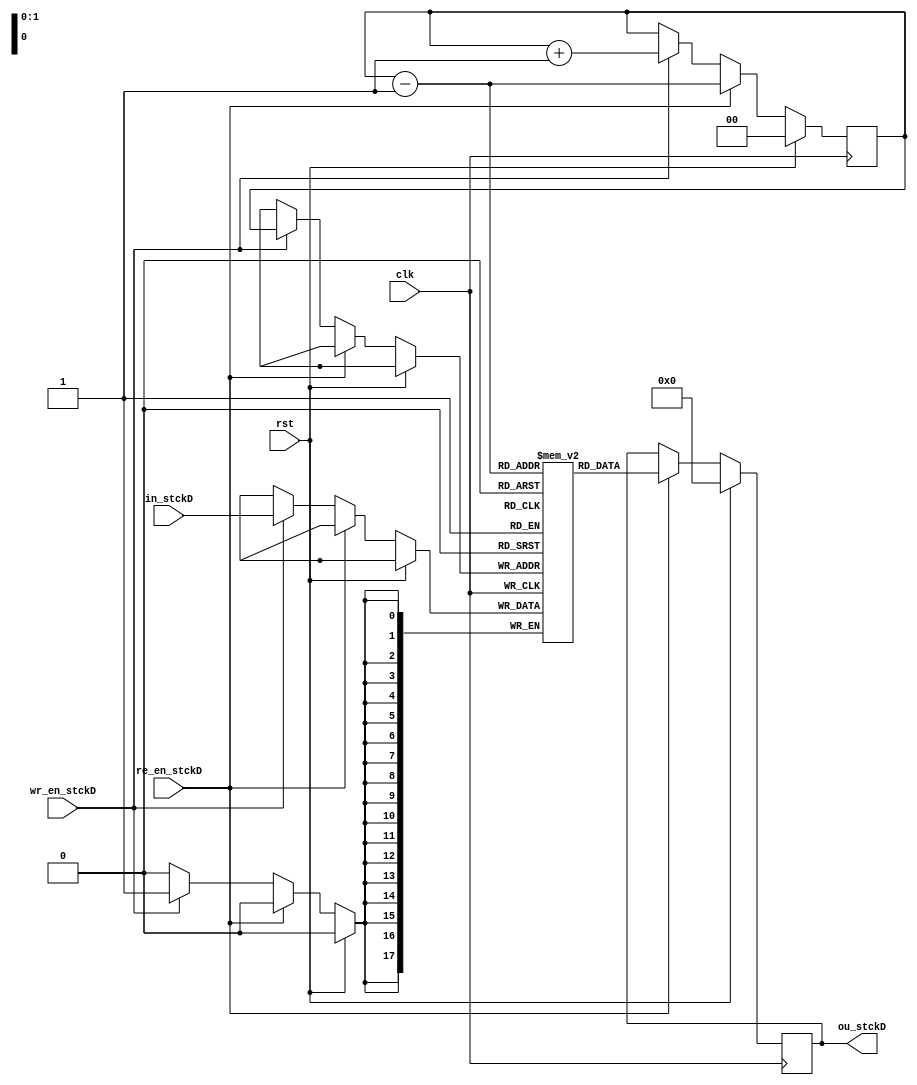

// Module name	: Stack
// Description	: This block implements a four level stack. Data is pushed and popped 
//               the stack


module Stack(ou_stckD,in_stckD,clk,rst,
              re_en_stckD,wr_en_stckD);
  input [17:0] in_stckD;      //Input to the stack
  input clk,rst,re_en_stckD,wr_en_stckD;
  output [17:0] ou_stckD;    //Output of the stack
  reg [17:0] ou_stckD;
  reg [17:0] Stack [3:0];     
  reg [1:0] SP;                    //Stack pointer
  always @(posedge clk)
  begin
    if(rst)                        //Reset condition
      begin
        ou_stckD<=18'd0;
        SP<=2'd0;
       end
    else
      begin
        if(re_en_stckD)         //Pop operation
          begin
            SP<=SP-1;
            ou_stckD<=Stack[SP-1];
          end
        else if(wr_en_stckD)    //Push operation
          begin
            Stack[SP]<=in_stckD;
            SP<=SP+1;
          end
      end
    end
endmodule